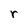
Character: r